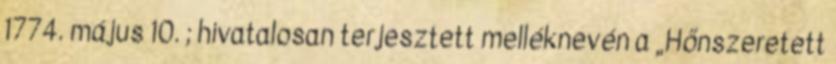
1774. május 10. ; hivatalosan terjesztett melléknevén a „Hőnszeretett